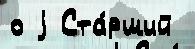
о j Ста́рший